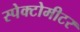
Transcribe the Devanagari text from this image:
स्पेक्टोमीटर